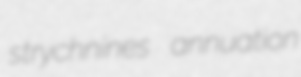
strychnines annuation